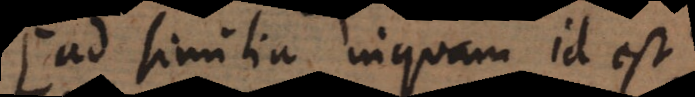
Ad similia inquam id est